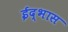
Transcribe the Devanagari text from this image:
ईद्भास